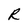
Character: R